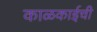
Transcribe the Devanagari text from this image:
काळकाईची